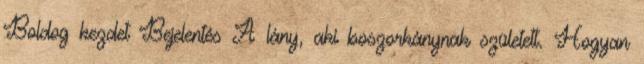
Boldog kezdet Bejelentés A lány, aki boszorkánynak született. Hogyan